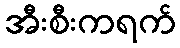
အီးစီးကရက်